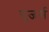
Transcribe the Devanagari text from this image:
युजर्स